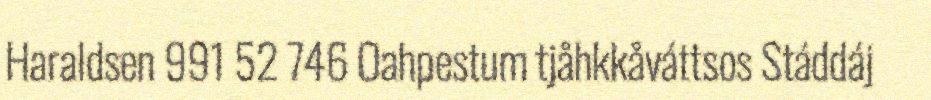
Haraldsen 991 52 746 Oahpestum tjåhkkåváttsos Stáddáj